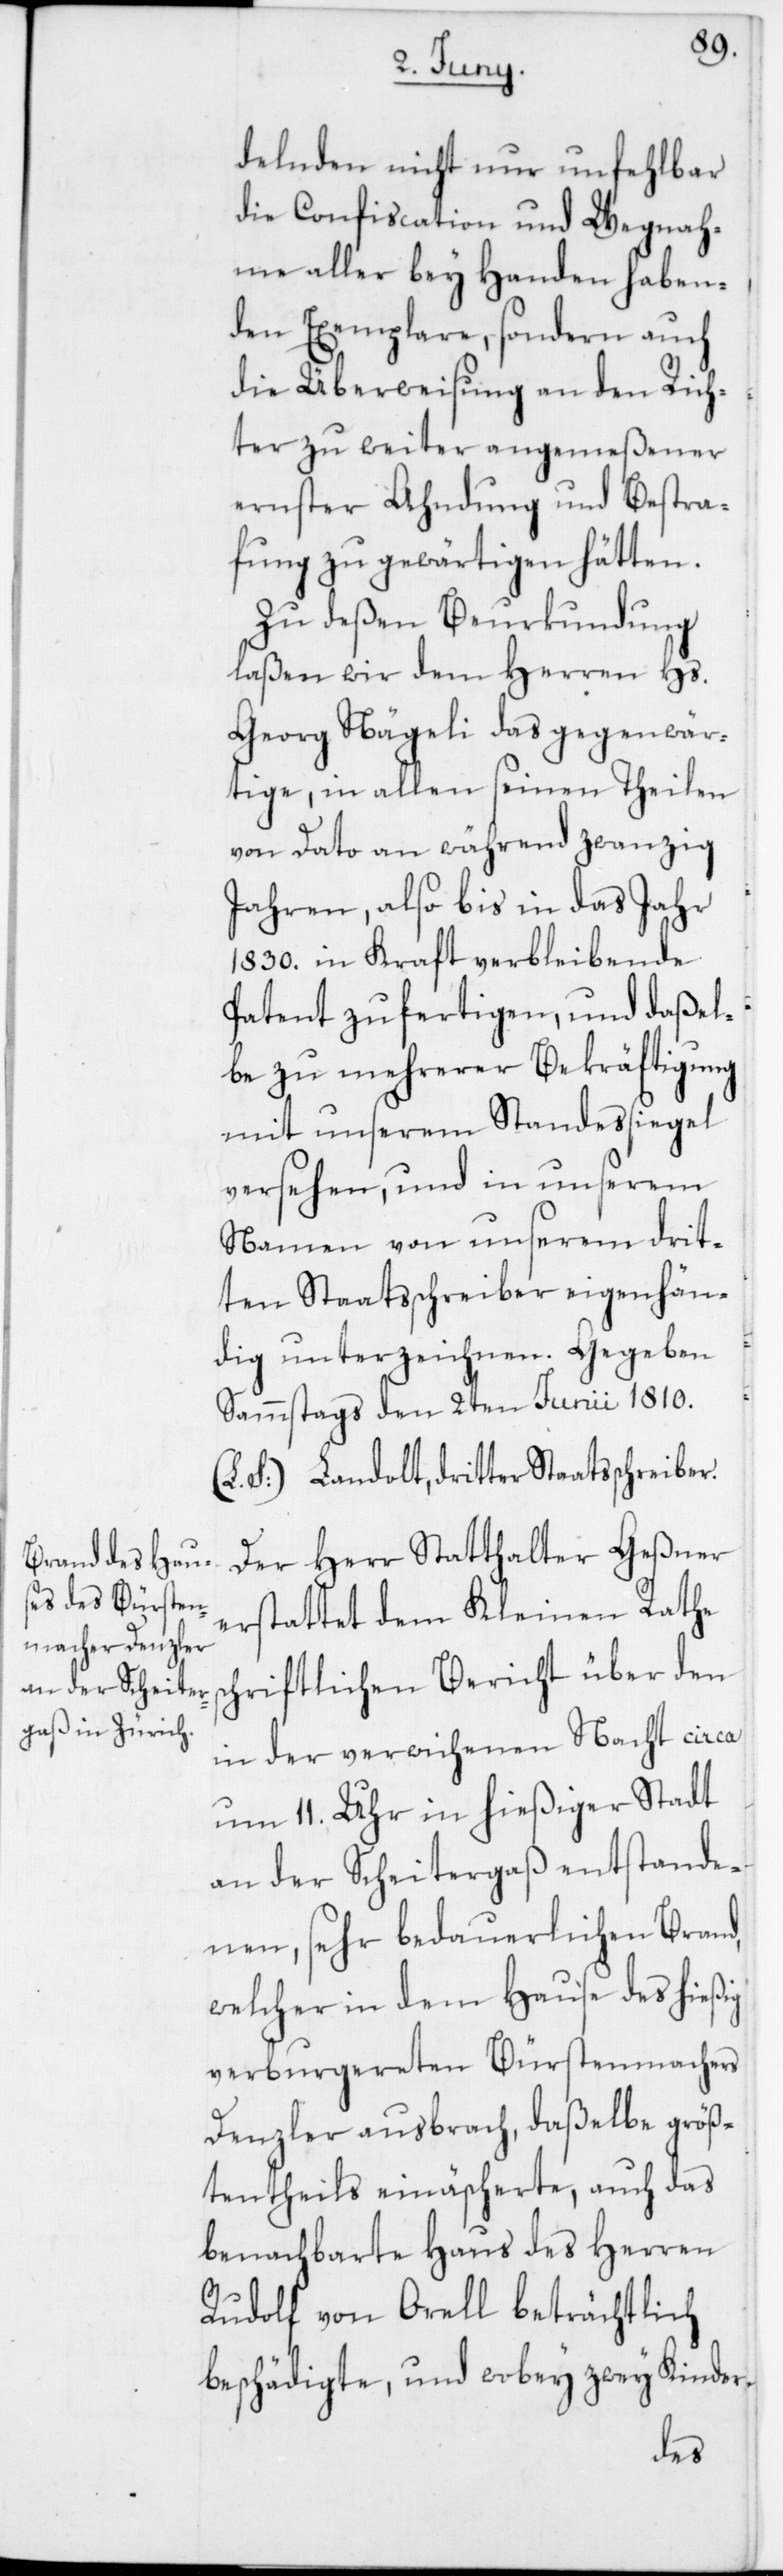
delnden nicht nur unfehlbar
die Confiscation und Wegnah¬
me aller bey Handen haben¬
den Exemplare, sondern auch
die Überweisung an den Rich¬
ter zu weiter angemeßener
ernster Ahndung und Bestra¬
fung zu gewärtigen hätten.
Zu deßen Beurkundung
laßen wir den Herren Hs.
Georg Nägeli das gegenwär¬
tige, in allen seinen Theilen
von Dato an während zwanzig
Jahren, also bis in das Jahr
1830 in Kraft verbleibende
Patent zufertigen, und daßel¬
be zu mehrerer Bekräftigung
mit unserem Standessigel
versehen, und in unserem
Namen von unserem drit¬
ten Staatsschreiber eigenhändig
Sammstags den 2ten Junii 1810.
S:) Landolt, dritter Staatsschreiber.
Der Herr Statthalter Geßner
erstattet dem Kleinen Rathe
schriftlichen Bericht über den
in der verwichenen Nacht circa
um 11 Uhr in hießiger Stadt
an der Scheitergaß entstande¬
nen, sehr bedauerlichen Brand,
welcher in dem Hause des hießig
verburgereten Bürstenmachers
Denzler ausbrach, daßelbe größ¬
tentheils einäscherte, auch das
benachbarte Haus des Herren
Rudolf von Orell beträchtlich
beschädigte, und wobey zwey Kinder